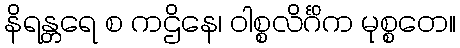
နိရန္တရေ စ ကဌိနေ၊ ဝါစ္စလိင်္ဂိက မုစ္စတေ။